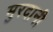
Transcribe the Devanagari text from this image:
मुरदानी